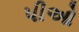
પીઓ